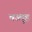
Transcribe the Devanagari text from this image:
चउमुह